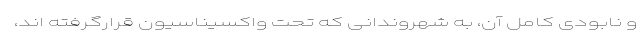
و نابودی کامل آن، به شهروندانی که تحت واکسیناسیون قرارگرفته اند،